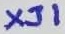
Text: XJ1